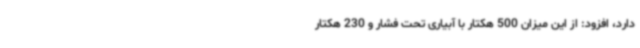
دارد، افزود: از این میزان 500 هکتار با آبیاری تحت فشار و 230 هکتار